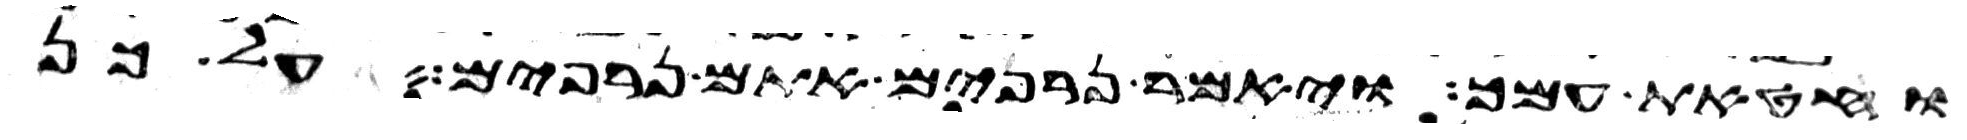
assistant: וחטאת עמך ויאמר נרפים אתם נרפים על כן